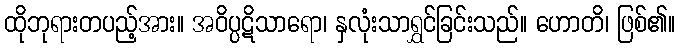
ထိုဘုရားတပည့်အား။ အဝိပ္ပဋိသာရော၊ နှလုံးသာရွှင်ခြင်းသည်။ ဟောတိ၊ ဖြစ်၏။